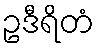
ဥဒီရိတံ